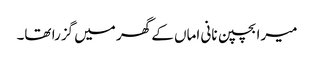
میرا بچپن نانی اماں کے گھر میں گزرا تھا۔